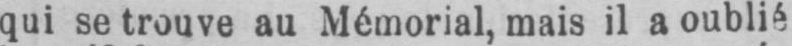
qui se trouve au Mémorial, mais il a oublié